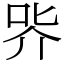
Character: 㖎